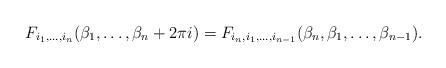
LaTeX: \begin{align*}F_{i_1,\dots ,i_n}(\beta_1,\dots ,\beta_n+2\pi i)=F_{i_n,i_1,\dots ,i_{n-1}}(\beta_n,\beta_1,\dots ,\beta_{n-1}).\end{align*}